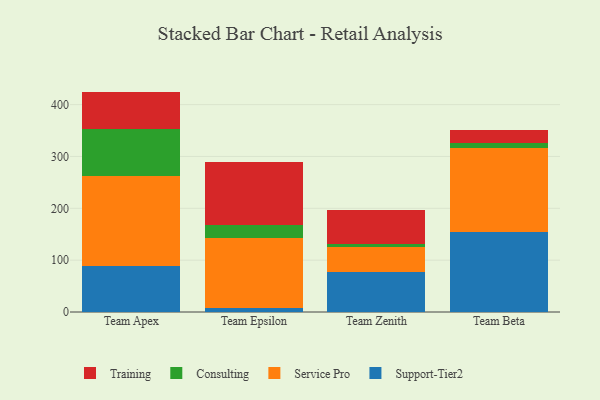
{"axis": {"x": "Team", "y": "Churn Rate (%)"}, "legend": ["Consulting", "Service Pro", "Support-Tier2", "Training"], "data": [{"x": "Team Apex", "y": 88.8, "type": "Support-Tier2"}, {"x": "Team Apex", "y": 173.9, "type": "Service Pro"}, {"x": "Team Apex", "y": 90.7, "type": "Consulting"}, {"x": "Team Apex", "y": 71.7, "type": "Training"}, {"x": "Team Epsilon", "y": 8.0, "type": "Support-Tier2"}, {"x": "Team Epsilon", "y": 134.9, "type": "Service Pro"}, {"x": "Team Epsilon", "y": 24.9, "type": "Consulting"}, {"x": "Team Epsilon", "y": 121.8, "type": "Training"}, {"x": "Team Zenith", "y": 77.2, "type": "Support-Tier2"}, {"x": "Team Zenith", "y": 48.3, "type": "Service Pro"}, {"x": "Team Zenith", "y": 5.0, "type": "Consulting"}, {"x": "Team Zenith", "y": 65.3, "type": "Training"}, {"x": "Team Beta", "y": 153.9, "type": "Support-Tier2"}, {"x": "Team Beta", "y": 162.6, "type": "Service Pro"}, {"x": "Team Beta", "y": 9.5, "type": "Consulting"}, {"x": "Team Beta", "y": 25.4, "type": "Training"}]}